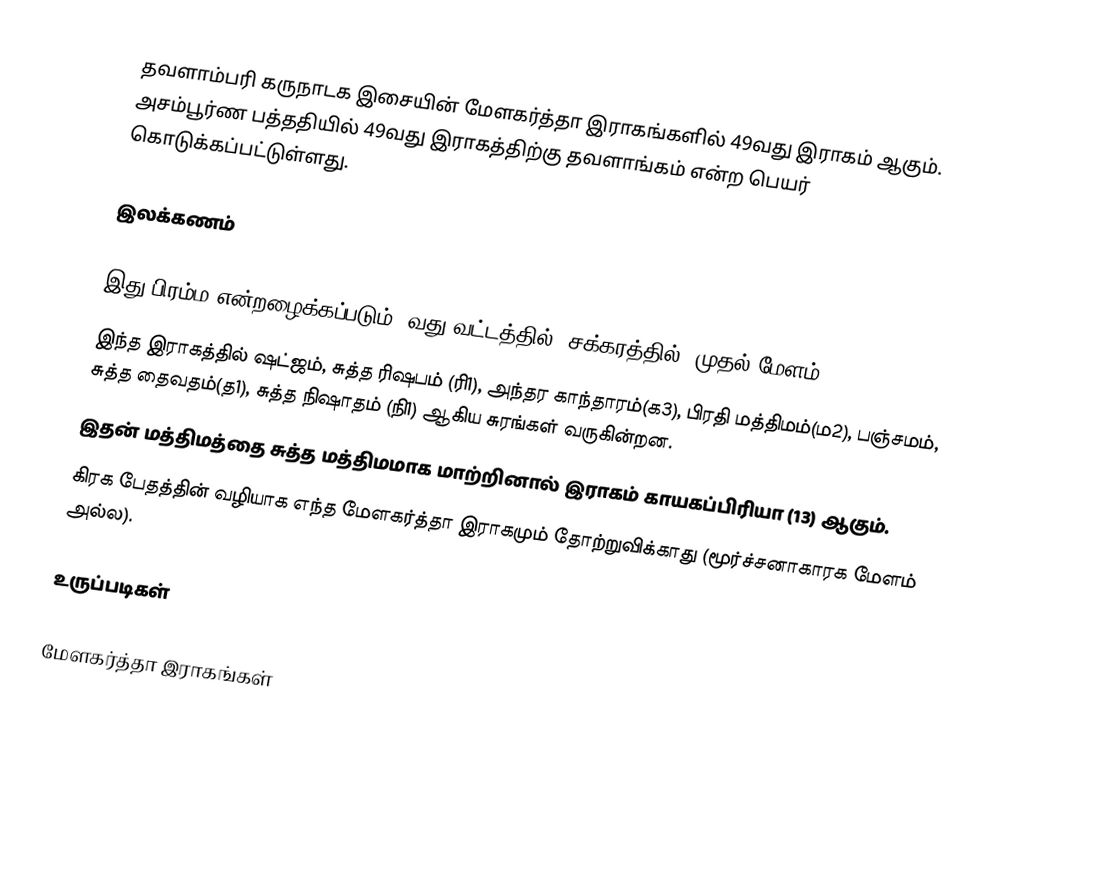
தவளாம்பரி கருநாடக இசையின் மேளகர்த்தா இராகங்களில் 49வது இராகம் ஆகும். அசம்பூர்ண பத்ததியில் 49வது இராகத்திற்கு தவளாங்கம் என்ற பெயர் கொடுக்கப்பட்டுள்ளது.

இலக்கணம்

 இது பிரம்ம என்றழைக்கப்படும் 9வது வட்டத்தில் (சக்கரத்தில்) முதல் மேளம்.
 இந்த இராகத்தில் ஷட்ஜம், சுத்த ரிஷபம் (ரி1), அந்தர காந்தாரம்(க3), பிரதி மத்திமம்(ம2), பஞ்சமம், சுத்த தைவதம்(த1), சுத்த நிஷாதம் (நி1) ஆகிய சுரங்கள் வருகின்றன.
 இதன் மத்திமத்தை சுத்த மத்திமமாக மாற்றினால் இராகம் காயகப்பிரியா (13) ஆகும்.
 கிரக பேதத்தின் வழியாக எந்த மேளகர்த்தா இராகமும் தோற்றுவிக்காது (மூர்ச்சனாகாரக மேளம் அல்ல).

உருப்படிகள்

மேளகர்த்தா இராகங்கள்